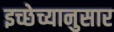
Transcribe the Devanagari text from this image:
इच्छेच्यानुसार